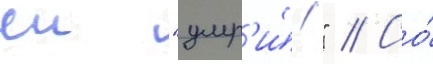
еи "умр'и́!" // Со́